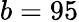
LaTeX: b=95